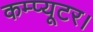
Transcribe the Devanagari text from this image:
कम्प्यूटर।